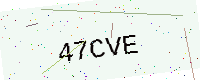
Text: 47CVE